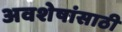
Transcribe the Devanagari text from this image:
अवशेषांसाठी